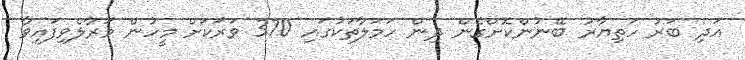
އަދި ބަރު ހަތިޔާރު ބޭނުންކޮށްގެން ދިން ހަމަލާތަކުގައި 370 ވަރަކަށް މީހުން މަރާލެވިފައިވާ